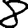
Digit: 8